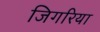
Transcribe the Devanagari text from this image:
जिगरिया